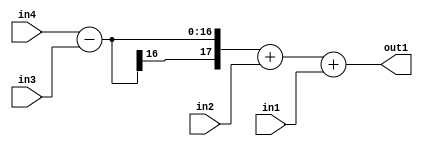
`timescale 1ps / 1ps
/*****************************************************************************
    Verilog RTL Description
    
    
    Created by: Stratus DpOpt 2019.1.01 
*******************************************************************************/

module st_weight_addr_gen_Add3u8u8Subu16u16_4_5 (
	in4,
	in3,
	in2,
	in1,
	out1
	); /* architecture "behavioural" */ 
input [15:0] in4,
	in3;
input [7:0] in2,
	in1;
output [17:0] out1;
wire [17:0] asc001;

wire [17:0] asc001_tmp_0;
wire [17:0] asc001_tmp_1;
assign asc001_tmp_1 = 
	+(in4)
	-(in3);
assign asc001_tmp_0 = asc001_tmp_1
	+(in2);
assign asc001 = asc001_tmp_0
	+(in1);

assign out1 = asc001;
endmodule

/* CADENCE  v7D2SAw= : u9/ySgnWtBlWxVPRXgAZ4Og= ** DO NOT EDIT THIS LINE ******/